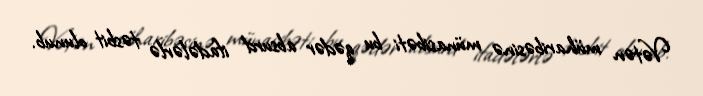
Vətən müharibəsinə münasibəti bu qədər absurd ifadələrlə təsbit olunub.